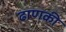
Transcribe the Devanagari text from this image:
ढाणकी